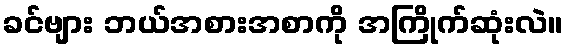
ခင်ဗျား ဘယ်အစားအစာကို အကြိုက်ဆုံးလဲ။